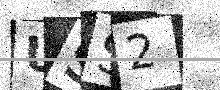
Text: USS2